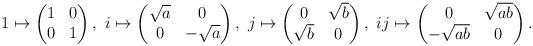
LaTeX: \begin{align*} 1\mapsto\begin{pmatrix} 1&0\\ 0&1 \end{pmatrix},\ i\mapsto\begin{pmatrix} \sqrt{a}&0\\ 0&-\sqrt{a} \end{pmatrix},\ j\mapsto\begin{pmatrix} 0&\sqrt{b}\\ \sqrt{b}&0 \end{pmatrix},\ ij\mapsto\begin{pmatrix} 0&\sqrt{ab}\\ -\sqrt{ab}&0 \end{pmatrix}.\end{align*}